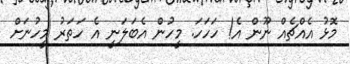
މޮޅު އެއްޗެއް ނޫން އެ! ހަހަހަ. މީހުން އެބަލަނީ އެ ހަތަރު މީހުނަށް